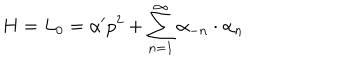
LaTeX: H = L _ { 0 } = \alpha ^ { \prime } p ^ { 2 } + \sum _ { n = 1 } ^ { \infty } \alpha _ { - n } \cdot \alpha _ { n }